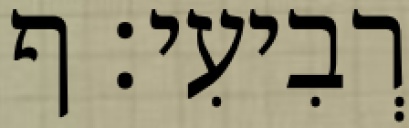
רְבִיעִי׃ ף